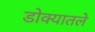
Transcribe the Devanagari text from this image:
डोक्यातले